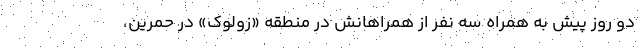
دو روز پیش به همراه سه نفر از همراهانش در منطقه «زولوک» در حمرین،